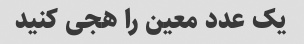
یک عدد معین را هجی کنید